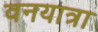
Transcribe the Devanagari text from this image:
वनयात्रा